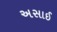
અસાઈ